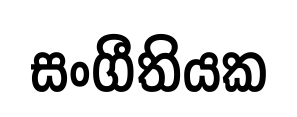
සංගීතියක